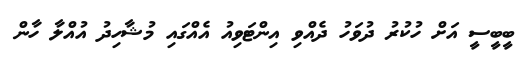
ބީބީސީ އަށް ހުކުރު ދުވަހު ދެއްވި އިންޓަވިއު އެއްގައި މުޝާހިދު އުއްލާ ހާން